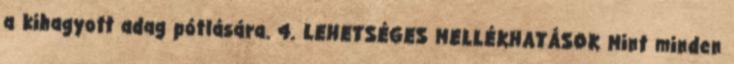
a kihagyott adag pótlására. 4. LEHETSÉGES MELLÉKHATÁSOK Mint minden